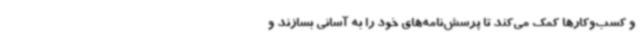
و کسب‌وکارها کمک می‌کند تا پرسش‌نامه‌های خود را به آسانی بسازند و